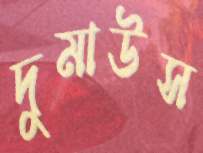
দুমাউস